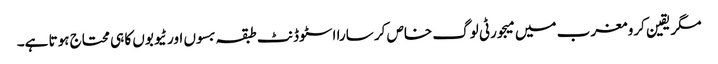
مگر یقین کرو مغرب میں میجورٹی لوگ خاص کر سارا اسٹوڈنٹ طبقہ بسوں اور ٹیوبوں کا ہی محتاج ہوتا ہے۔